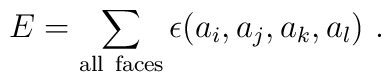
E=\sum_{\rm all~faces}\epsilon(a_i,a_j,a_k,a_l)~.